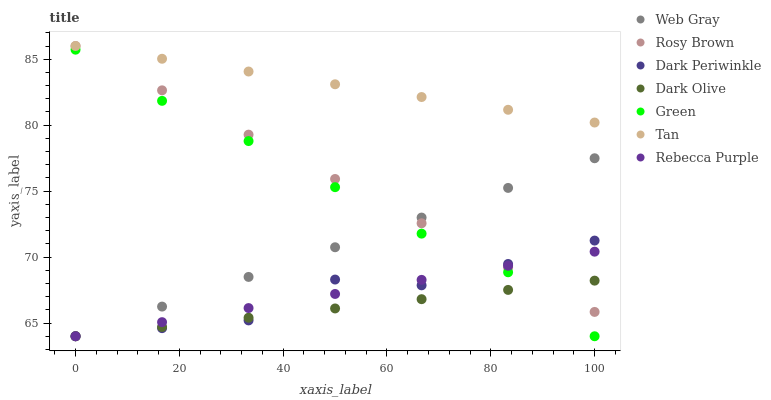
| xaxis_label | Web Gray | Rosy Brown | Dark Periwinkle | Dark Olive | Green | Tan | Rebecca Purple |
 | --- | --- | --- | --- | --- | --- | --- | --- |
 | 0 | 64 | 86 | 64 | 64 | 85.7 | 86 | 64 |
 | 16.7 | 66.2 | 82.6 | 64.6 | 64.7 | 81.8 | 85 | 65.1 |
 | 33.3 | 68.5 | 79.3 | 65.2 | 65.4 | 78.8 | 84.1 | 66.1 |
 | 50 | 70.7 | 75.9 | 68.3 | 66.1 | 75.3 | 83.1 | 67.2 |
 | 66.7 | 73 | 72.6 | 67.9 | 66.8 | 71.8 | 82.1 | 68.3 |
 | 83.3 | 75.2 | 69.2 | 69.5 | 67.5 | 68.8 | 81.2 | 69.3 |
 | 100 | 77.5 | 65.8 | 71.3 | 68.2 | 64 | 80.2 | 70.4 |